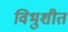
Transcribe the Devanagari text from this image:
विभुशीत